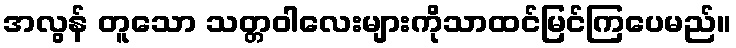
အလွန် တူသော သတ္တဝါလေးများကိုသာထင်မြင်ကြပေမည်။